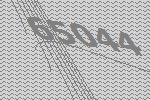
65044